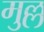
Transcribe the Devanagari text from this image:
मुल्ल